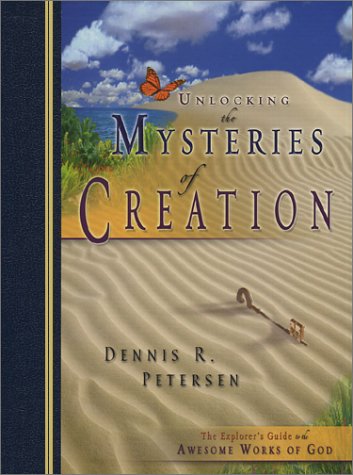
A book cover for Unlocking the Mysteries of Creation; Dennis Petersen; Christian Books & Bibles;